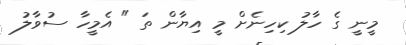
މީނީ ގެ ހާލު ކިހިނެށް މީ އިޔާން ތަ " އެމީހާ ސުވާލު